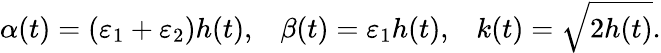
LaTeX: \alpha(t)=(\varepsilon_{1}+\varepsilon_{2})h(t),\, \, \, \, \, \beta(t)=\varepsilon_{1}h(t),\, \, \, \, \, k(t)=\sqrt{2h(t)}.